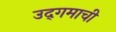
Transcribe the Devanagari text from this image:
उद्‌गमाची